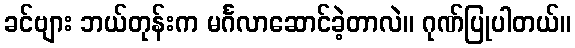
ခင်ဗျား ဘယ်တုန်းက မင်္ဂလာဆောင်ခဲ့တာလဲ။ ဂုဏ်ပြုပါတယ်။